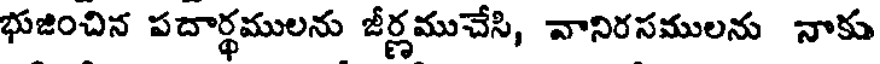
భుజించిన పదార్థములను జీర్ణముచేసి, వానిరసములను నాకు